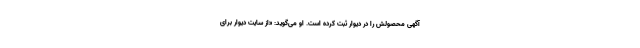
آگهی محصولش را در دیوار ثبت کرده است. او می‌گوید: «از سایت دیوار برای